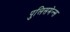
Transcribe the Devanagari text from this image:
पुलिसमेन्स